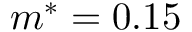
m ^ { * } = 0 . 1 5